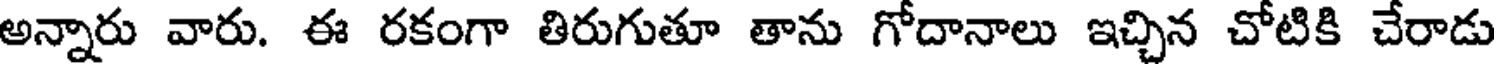
అన్నారు వారు. ఈ రకంగా తిరుగుతూ తాను గోదానాలు ఇచ్చిన చోటికి చేరాడు